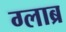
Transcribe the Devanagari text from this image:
ग्लाब्र